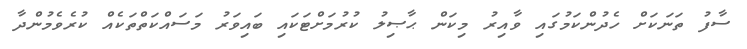
ސާފު ތަނަކަށް ހެދުންކަމުގައި ވާއިރު މިކަން ޙާޞިލު ކުރުމަށްޓަކައި ބައިވަރު މަސައްކަތްތަކެއް ކުރެވެމުންދާ